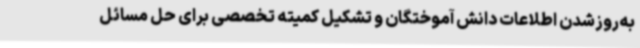
به‌روزشدن اطلاعات دانش آموختگان و تشکیل کمیته تخصصی برای حل مسائل